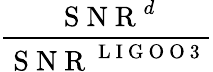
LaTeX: \frac{\mathrm{~S~N~R~}^{d}}{\mathrm{~S~N~R~}^{\mathrm{~L~I~G~O~O~3~}}}